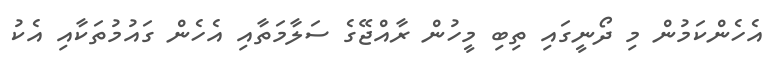
އެހެންކަމުން މި ދޯނީގައި ތިބި މީހުން ރާއްޖޭގެ ސަލާމަތާއި އެހެން ގައުމުތަކާއި އެކު